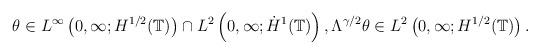
LaTeX: \begin{align*} & \theta \in L^{\infty}\left(0,\infty; H^{1/2}(\mathbb{T})\right) \cap L^{2}\left(0,\infty; \dot{H}^{1}(\mathbb{T})\right), \Lambda^{\gamma/2}\theta \in L^{2}\left(0,\infty; H^{1/2}(\mathbb{T})\right).\end{align*}